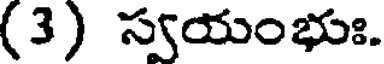
(3) స్వయంభుః.